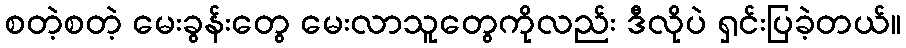
စတဲ့စတဲ့ မေးခွန်းတွေ မေးလာသူတွေကိုလည်း ဒီလိုပဲ ရှင်းပြခဲ့တယ်။